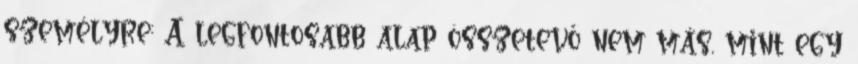
személyre: A legfontosabb alap összetevő nem más, mint egy